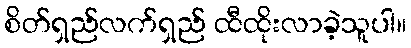
စိတ်ရှည်လက်ရှည် ထီထိုးလာခဲ့သူပါ။